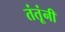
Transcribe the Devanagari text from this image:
तंतूंनी